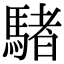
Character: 𩤜